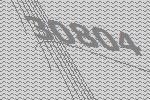
30804